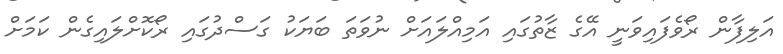
އަލިފާން ރޯވެފައިވަނީ އޭގެ ޒާތުގައި އަމިއްލައަށް ނުވަތަ ބަޔަކު ގަސްދުގައި ރޯކޮށްލައިގެން ކަމަށް